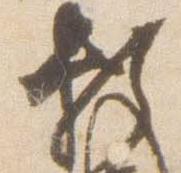
頼